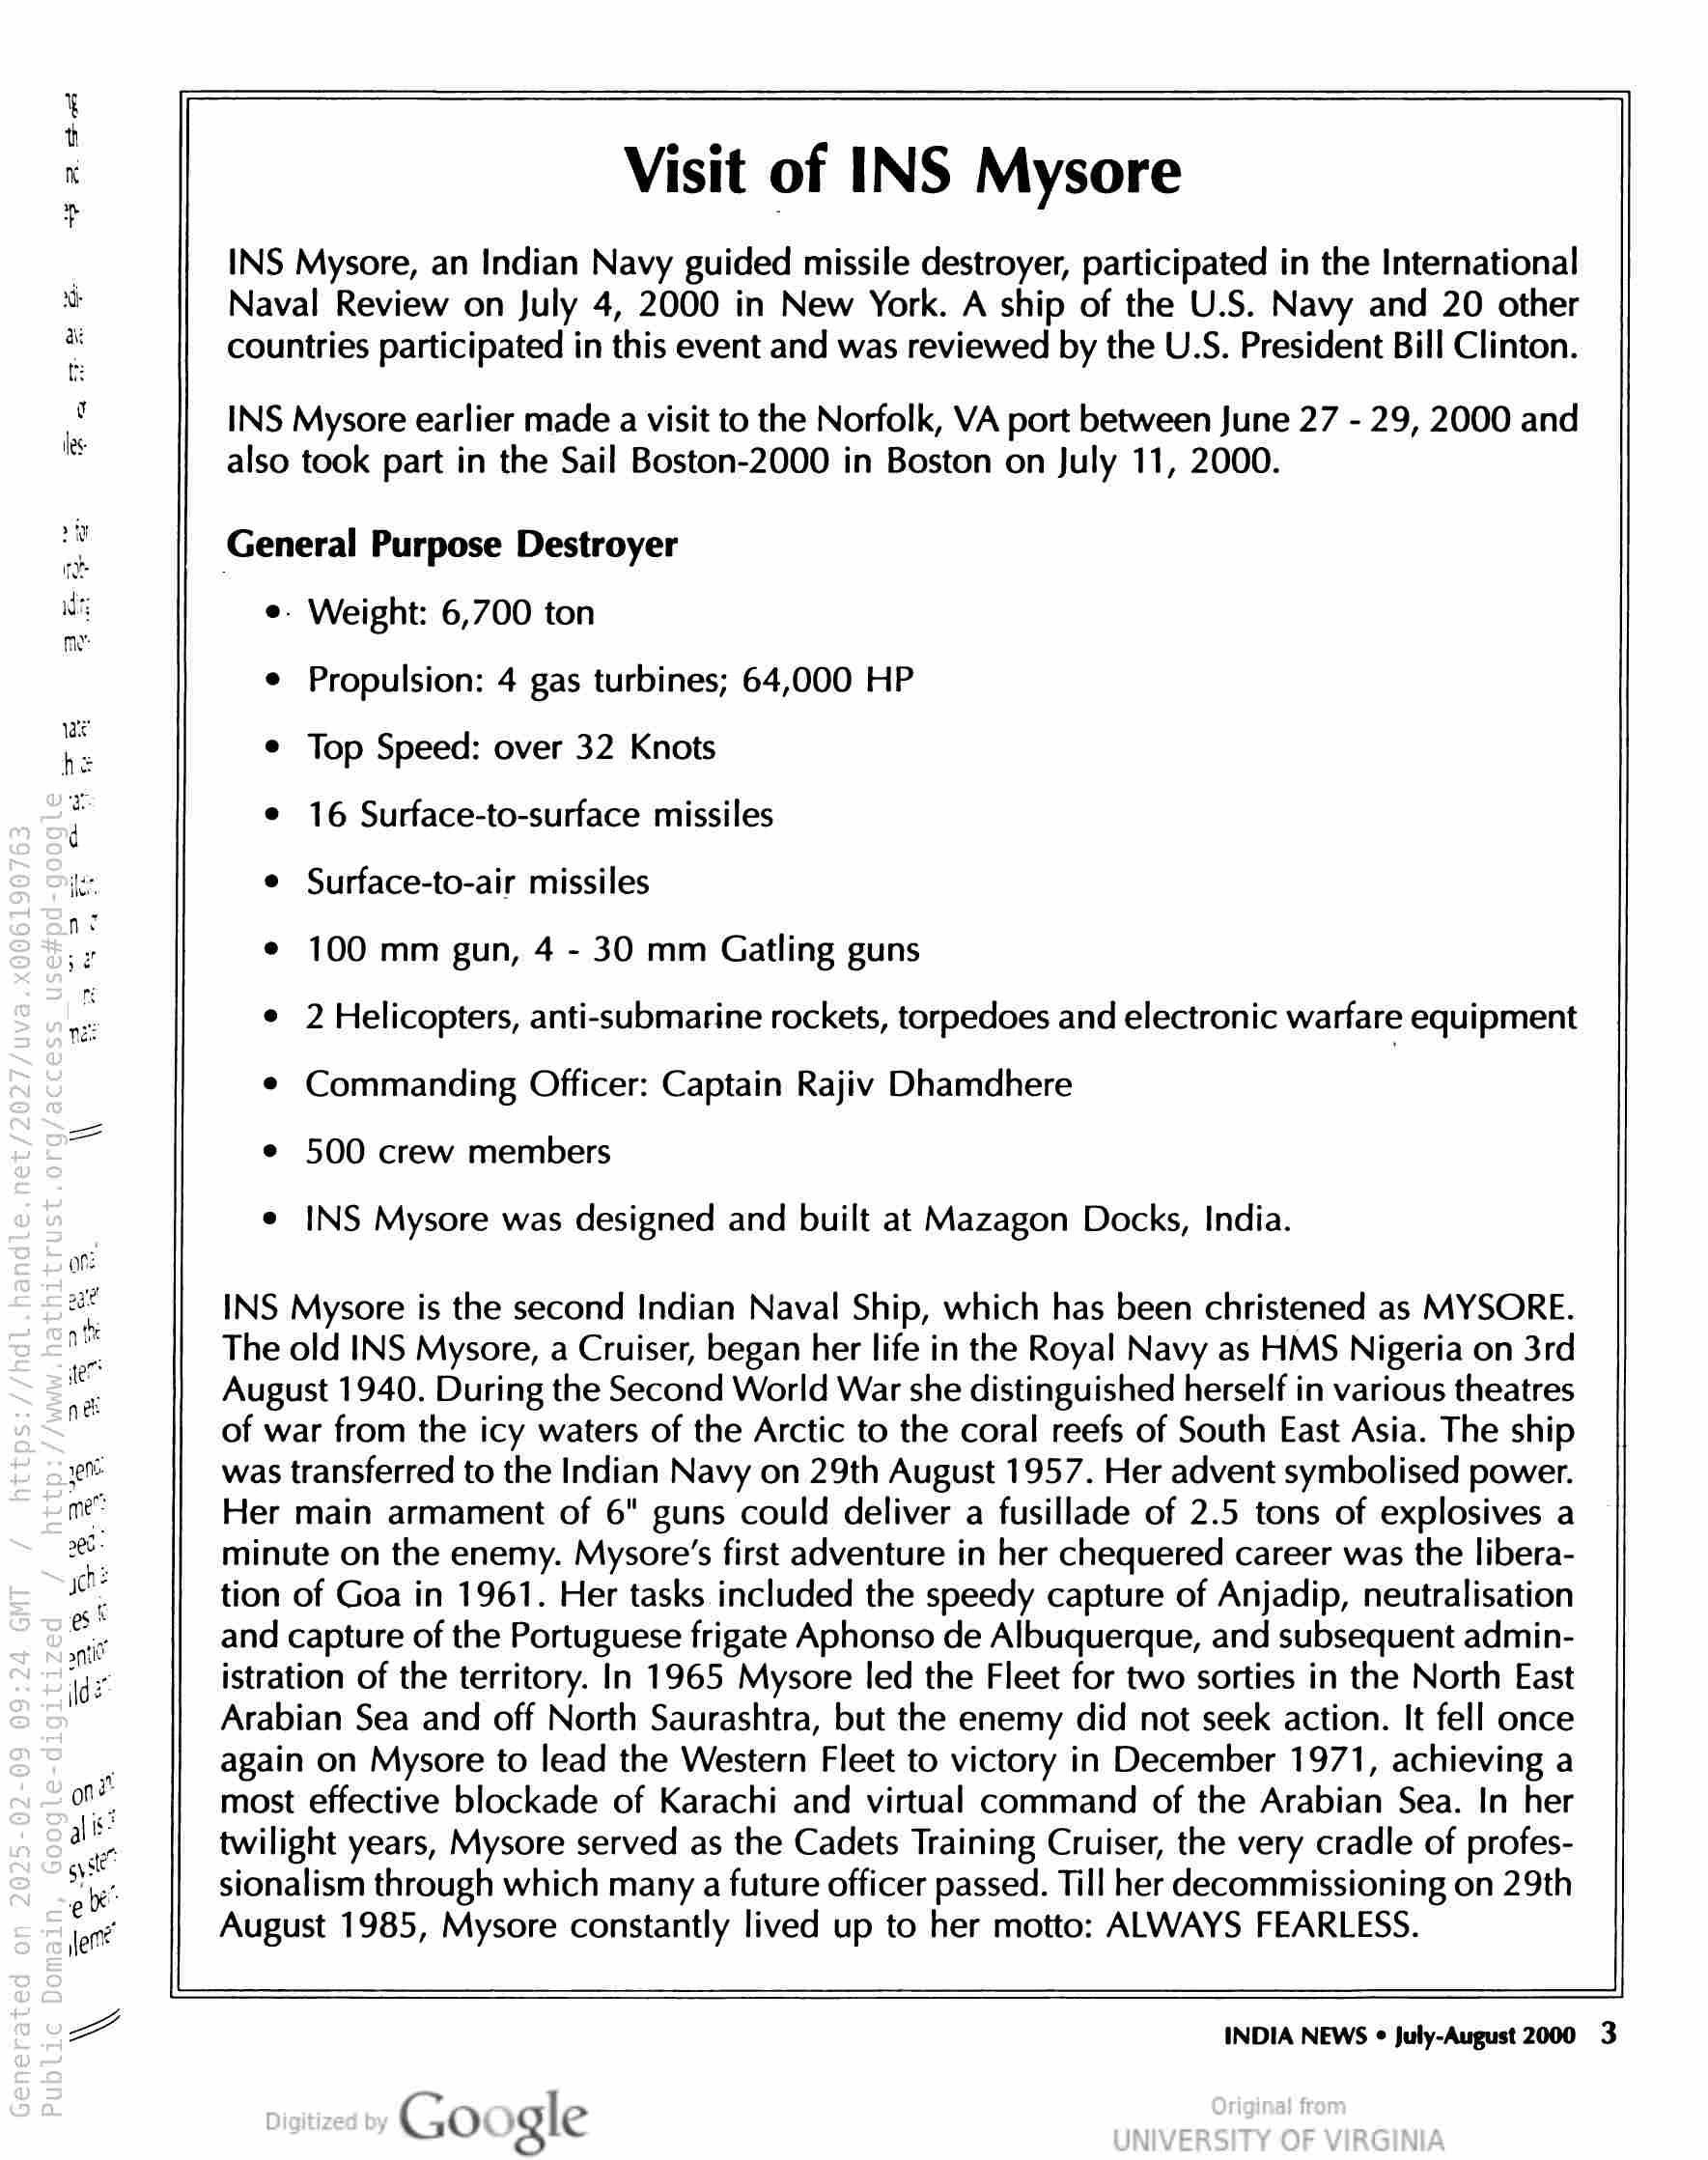
Visit of INS Mysore

. INS Mysore, an Indian Navy guided missile destroyer, participated in the International
Ne Naval Review on July 4, 2000 in New York. A ship of the U.S. Navy and 20 other
countries participated in this event and was reviewed by the U.S. President Bill Clinton.

INS Mysore earlier made a visit to the Norfolk, VA port between June 27 - 29, 2000 and
also took part in the Sail Boston-2000 in Boston on July 11, 2000.

General Purpose Destroyer

We e. Weight: 6,700 ton

¢ Propulsion: 4 gas turbines; 64,000 HP

¢ Top Speed: over 32 Knots

© 16 Surface-to-surface missiles

ike e Surface-to-air missiles

¢ 100 mm gun, 4 - 30 mm Gatling guns

* 2 Helicopters, anti-submarine rockets, torpedoes and electronic warfare equipment

¢ Commanding Officer: Captain Rajiv Dhamdhere

\

e 500 crew members

e INS Mysore was designed and built at Mazagon Docks, India.

a INS Mysore is the second Indian Naval Ship, which has been christened as MYSORE.
The old INS Mysore, a Cruiser, began her life in the Royal Navy as HMS Nigeria on 3rd
August 1940. During the Second World War she distinguished herself in various theatres

of war from the icy waters of the Arctic to the coral reefs of South East Asia. The ship
re was transferred to the Indian Navy on 29th August 1957. Her advent symbolised power.
me" Her main armament of 6" guns could deliver a fusillade of 2.5 tons of explosives a
a : minute on the enemy. Mysore’s first adventure in her chequered career was the libera-
mi tion of Goa in 1961. Her tasks included the speedy capture of Anjadip, neutralisation

ont and capture of the Portuguese frigate Aphonso de Albuquerque, and subsequent admin-
ide istration of the territory. In 1965 Mysore led the Fleet for two sorties in the North East
Arabian Sea and off North Saurashtra, but the enemy did not seek action. It fell once
again on Mysore to lead the Western Fleet to victory in December 1971, achieving a

ont most effective blockade of Karachi and virtual command of the Arabian Sea. In her
a twilight years, Mysore served as the Cadets Training Cruiser, the very cradle of profes-
ae sionalism through which many a future officer passed. Till her decommissioning on 29th
jer August 1985, Mysore constantly lived up to her motto: ALWAYS FEARLESS.

——]
a INDIA NEWS © July-August 2000 3

Google